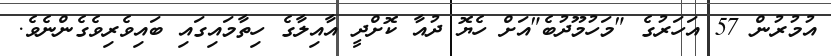
އުމުރުން 57 އަހަރުގެ "މަހުމޫދުބެ"އަށް ހެޔޮ ދުއާ ކޮށްދީ އާއިލާގެ ހިތާމައިގައި ބައިވެރިވެގެންނެވެ.